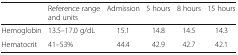
<table><thead><tr><td></td><td><b>Reference range and units</b></td><td><b>Admission</b></td><td><b>5 hours</b></td><td><b>8 hours</b></td><td><b>15 hours</b></td></tr></thead><tbody><tr><td>Hemoglobin</td><td>13.5–17.0 g/dL</td><td>15.1</td><td>14.8</td><td>14.5</td><td>14.3</td></tr><tr><td>Hematocrit</td><td>41–53%</td><td>44.4</td><td>42.9</td><td>42.7</td><td>42.1</td></tr></tbody></table>